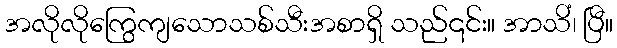
အလိုလိုကြွေကျသောသစ်သီးအစာရှိ သည်၎င်း။ အာသိံ၊ ပြီ။